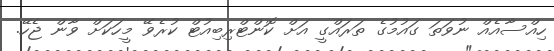
ހިއްސާއެއް ނުވަތަ ގައުމުގެ ތަރައްގީ އަށް ކޮންޓްރިބިއުޓް ކުރެވޭ މީހަކަށް ވާން ޖެހޭ.